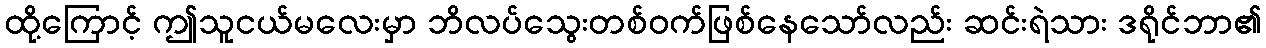
ထို့ကြောင့် ဤသူငယ်မလေးမှာ ဘိလပ်သွေးတစ်ဝက်ဖြစ်နေသော်လည်း ဆင်းရဲသား ဒရိုင်ဘာ၏